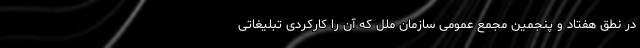
در نطق هفتاد و پنجمین مجمع عمومی سازمان ملل که آن را کارکردی تبلیغاتی